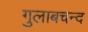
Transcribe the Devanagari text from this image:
गुलाबचन्द